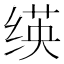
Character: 绬